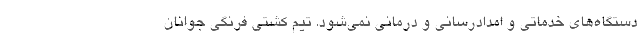
دستگاه‌های خدماتی و امدادرسانی و درمانی نمی‌شود. تیم کشتی فرنگی جوانان